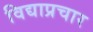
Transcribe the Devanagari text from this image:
विद्याप्रचार